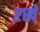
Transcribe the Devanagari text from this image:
ऱखे